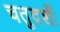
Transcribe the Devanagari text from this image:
चतुदर्शी